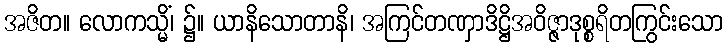
အဇိတ။ လောကသ္မိံ၊ ၌။ ယာနိသောတာနိ၊ အကြင်တဏှာဒိဋ္ဌိအဝိဇ္ဇာဒုစ္စရိတကြွင်းသော